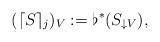
LaTeX: \begin{align*}(\lceil S \rceil_{j})_{V} := \flat^{*}(S_{\downarrow V}),\end{align*}